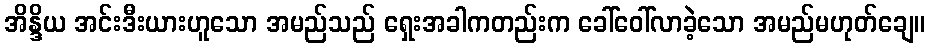
အိန္ဒိယ အင်းဒီးယားဟူသော အမည်သည် ရှေးအခါကတည်းက ခေါ်ဝေါ်လာခဲ့သော အမည်မဟုတ်ချေ။